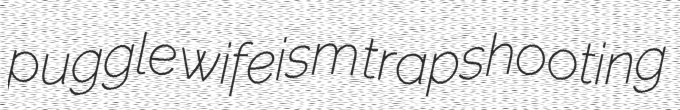
puggle wifeism trapshooting